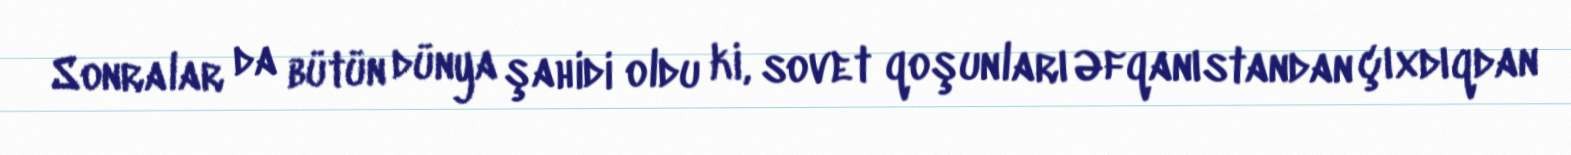
Sonralar da bütün dünya şahidi oldu ki, sovet qoşunları Əfqanıstandan çıxdıqdan